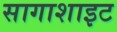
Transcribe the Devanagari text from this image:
सागाशाइट